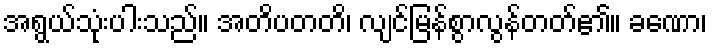
အရွယ်သုံးပါးသည်။ အတိပတတိ၊ လျင်မြန်စွာလွန်တတ်၏။ ခဏော၊